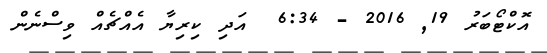
އޮކްޓޯބަރު 19